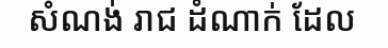
សំណង់ រាជ ដំណាក់ ដែល